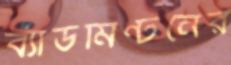
ব্যাডমিন্টনের